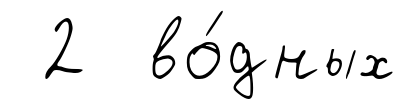
2 во́дных